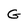
Character: G